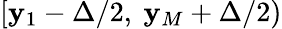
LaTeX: [\mathbf{y}_{1}-\Delta/2,~\mathbf{y}_{M}+\Delta/2)